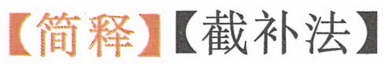
【简释】【截补法】